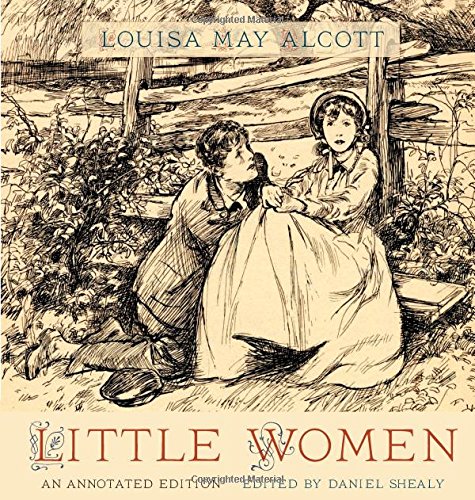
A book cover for Little Women: An Annotated Edition; Louisa May Alcott; Literature & Fiction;